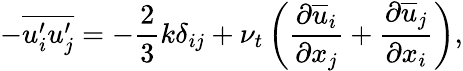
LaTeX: -\overline{{u_{i}^{\prime}u_{j}^{\prime}}}=-\frac{2}{3}k\delta_{ij}+\nu_{t}\left(\frac{\partial\overline{{u}}_{i}}{\partial x_{j}}+\frac{\partial\overline{{u}}_{j}}{\partial x_{i}}\right),